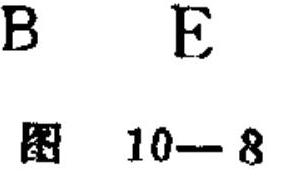
\(B\quad E\)
图\(10 - 8\)